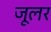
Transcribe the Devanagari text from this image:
जूलर